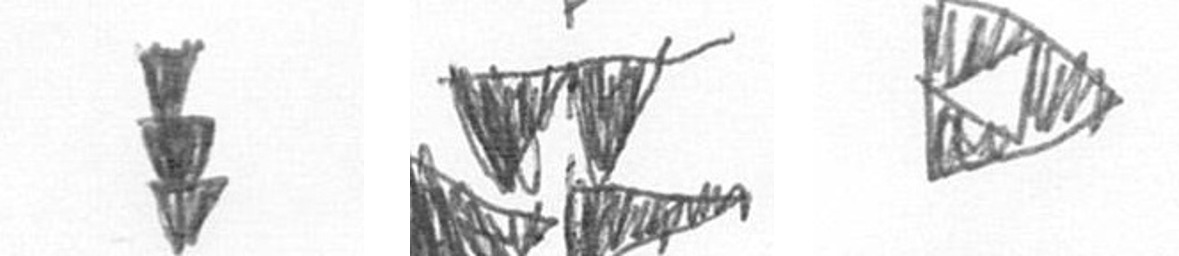
E B K